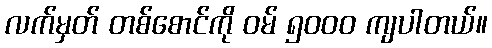
လက်မှတ် တစ်စောင်ကို ဝမ် ၅၀၀၀ ကျပါတယ်။